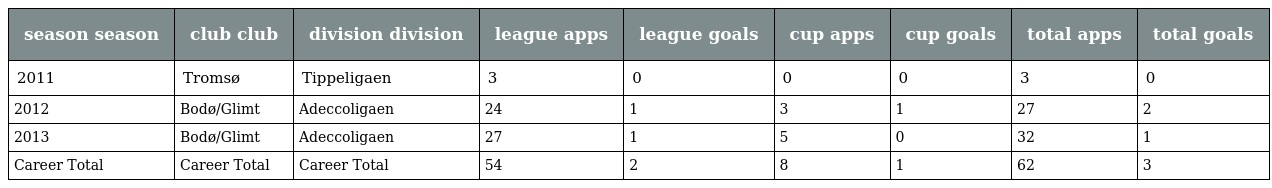
| season season | club club | division division | league apps | league goals | cup apps | cup goals | total apps | total goals |
 | --- | --- | --- | --- | --- | --- | --- | --- | --- |
 | 2011 | Tromsø | Tippeligaen | 3 | 0 | 0 | 0 | 3 | 0 |
 | 2012 | Bodø/Glimt | Adeccoligaen | 24 | 1 | 3 | 1 | 27 | 2 |
 | 2013 | Bodø/Glimt | Adeccoligaen | 27 | 1 | 5 | 0 | 32 | 1 |
 | Career Total | Career Total | Career Total | 54 | 2 | 8 | 1 | 62 | 3 |